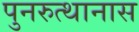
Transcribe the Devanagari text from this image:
पुनरुत्थानास